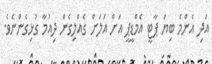
އަދި އެންމެ ބިޔަ ޕާޓީ އެމްޑީޕީ އަށް އަލަށް ގެއްލިގެން ދިއުމާ ގުޅިގެންނެވެ.